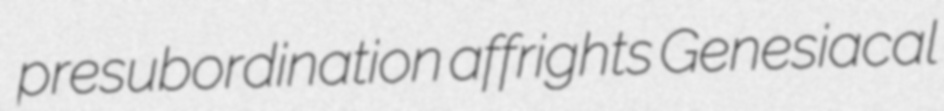
presubordination affrights Genesiacal